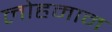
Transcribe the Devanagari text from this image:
लोहमान